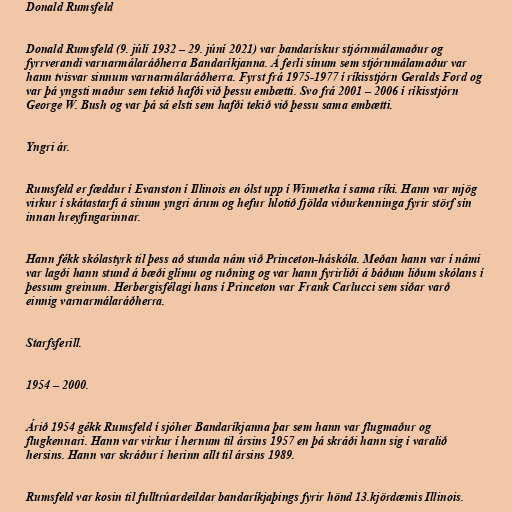
Donald Rumsfeld

Donald Rumsfeld (9. júlí 1932 – 29. júní 2021) var bandarískur stjórnmálamaður og
fyrrverandi varnarmálaráðherra Bandaríkjanna. Á ferli sínum sem stjórnmálamaður var
hann tvisvar sinnum varnarmálaráðherra. Fyrst frá 1975-1977 í ríkisstjórn Geralds Ford og
var þá yngsti maður sem tekið hafði við þessu embætti. Svo frá 2001 – 2006 í ríkisstjórn
George W. Bush og var þá sá elsti sem hafði tekið við þessu sama embætti.

Yngri ár.

Rumsfeld er fæddur í Evanston í Illinois en ólst upp í Winnetka í sama ríki. Hann var mjög
virkur í skátastarfi á sínum yngri árum og hefur hlotið fjölda viðurkenninga fyrir störf sín
innan hreyfingarinnar.

Hann fékk skólastyrk til þess að stunda nám við Princeton-háskóla. Meðan hann var í námi
var lagði hann stund á bæði glímu og ruðning og var hann fyrirliði á báðum liðum skólans í
þessum greinum. Herbergisfélagi hans í Princeton var Frank Carlucci sem síðar varð
einnig varnarmálaráðherra.

Starfsferill.

1954 – 2000.

Árið 1954 gékk Rumsfeld í sjóher Bandaríkjanna þar sem hann var flugmaður og
flugkennari. Hann var virkur í hernum til ársins 1957 en þá skráði hann sig í varalið
hersins. Hann var skráður í herinn allt til ársins 1989.

Rumsfeld var kosin til fulltrúardeildar bandaríkjaþings fyrir hönd 13.kjördæmis Illinois.